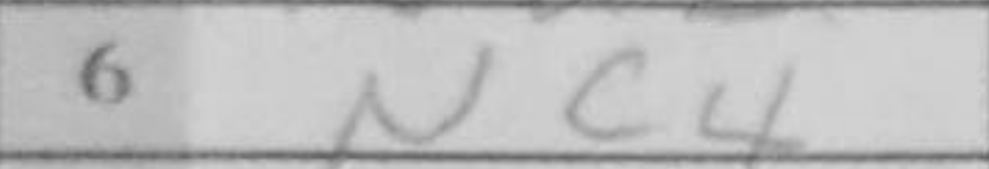
Transcription: Nc4